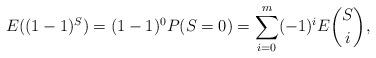
LaTeX: \begin{align*}E((1-1)^S)=(1-1)^0 P(S=0)=\sum_{i=0}^m (-1)^i E{S\choose i},\end{align*}